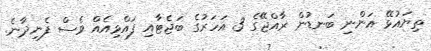
ތިޔައުޅޭ އަންނި ބަނޑުން ރާއްޖޭގެ 3 އަހަރުގެ ބަޖެޓާއި ފައްޅިއެއް ވެސް ފެނިދާނެ.